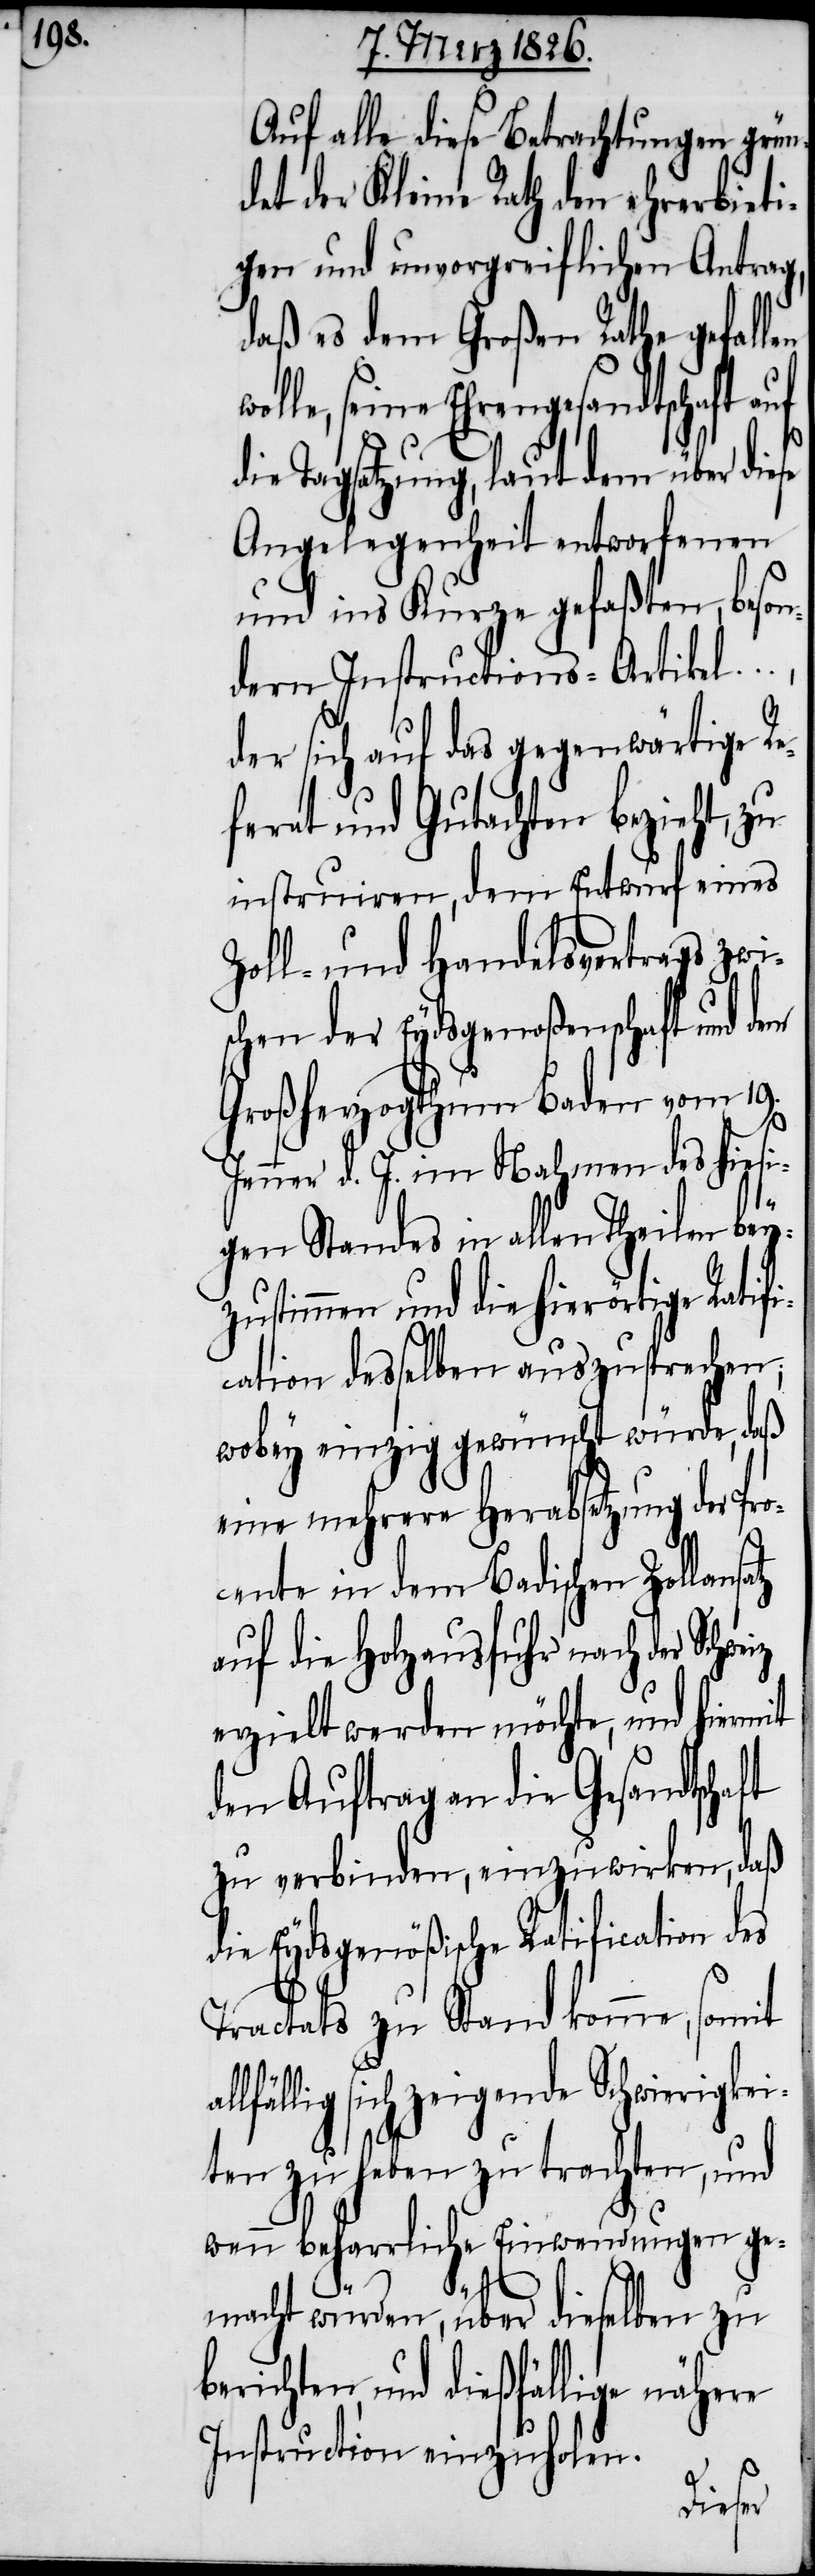
Auf alle diese Betrachtungen grün¬
det der Kleine Rath den ehrerbieti¬
gen und unvorgreiflichen Antrag,
daß es dem Großen Rathe gefal¬
olle, seine Ehrengesandtschaft a¬
ie Tagsatzung, laut dem über
Angelegenheit entworfenen
und ins Kurze gefaßten, bes¬
dern Instructions-Artikel
der sich auf das gegenwärtige Re¬
ferat und Gutachten bezieht, zu
instruiren, dem Entwurf eines
Zoll- und Handelsvertrags zwi¬
schen der Eydsgenoßenschaft und dem
Großherzogthum Baden vom 19.
Jenner d. J. im Nahmen des hies¬
igen Standes in allen Theilen bey¬
zustimmen und die hierörtige Rat¬
en
cation desselben auszu¬
wobey einzig gewünscht w¬
eine mehrere Herabsetzung der
Pro¬
cente in dem Badisch¬
auf die Holzausfuhr nach
len.
erzielt werden möchte,
den Auftrag an die
zu verbinden, einzuwirken,
die Eydsgenößische Ratification des
Tractats zu Stand komme, somit
allfällig sich zeigende Schwierigkei¬
uf
ten zu haben zu trachten, und
wenn beharrliche Einwendungen ge¬
der
macht würden, über dieselben zu
berichten, und dießfällige nähere
Instruction einzuho¬